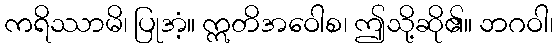
ကရိဿာမိ၊ ပြုအံ့။ ဣတိအဝေါစ၊ ဤသို့ဆို၏။ ဘဂဝါ၊